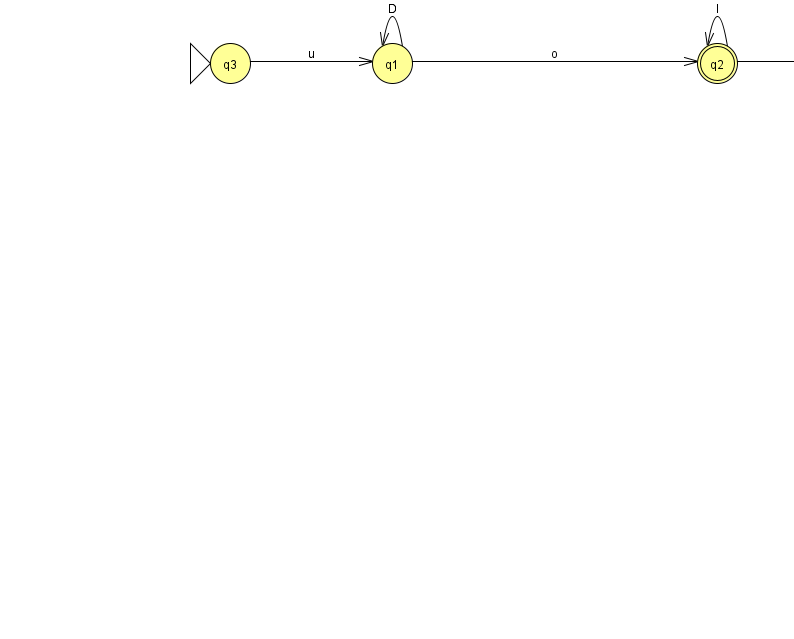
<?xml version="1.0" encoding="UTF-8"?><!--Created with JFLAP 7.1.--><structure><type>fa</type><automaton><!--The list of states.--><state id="0" name="q0"><x>879.0</x><y>50.0</y></state><state id="1" name="q1"><x>392.0</x><y>50.0</y></state><state id="2" name="q2"><x>717.0</x><y>50.0</y><final/></state><state id="3" name="q3"><x>230.0</x><y>50.0</y><initial/></state><!--The list of transitions.--><transition><from>1</from><to>1</to><read>D</read></transition><transition><from>1</from><to>2</to><read>o</read></transition><transition><from>2</from><to>0</to><read>K</read></transition><transition><from>2</from><to>2</to><read>l</read></transition><transition><from>3</from><to>1</to><read>u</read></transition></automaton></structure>